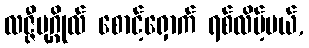
လဇ္ဇီပုဂ္ဂိုလ် စောင့်ရှောက် ရစ်လိမ့်မယ်,